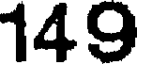
149